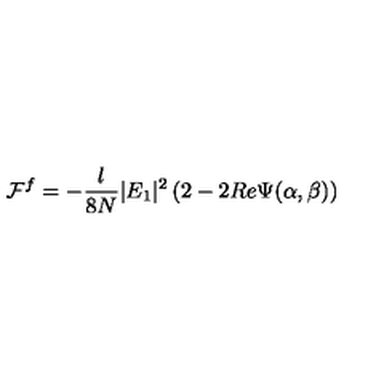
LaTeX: { \cal F } ^ { f } = - \frac { l } { 8 N } | E _ { 1 } | ^ { 2 } \left( 2 - 2 R e \Psi ( \alpha , \beta ) \right)